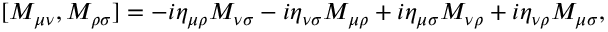
\protect [ M _ { \mu \nu } , M _ { \rho \sigma } ] = - i \eta _ { \mu \rho } M _ { \nu \sigma } - i \eta _ { \nu \sigma } M _ { \mu \rho } + i \eta _ { \mu \sigma } M _ { \nu \rho } + i \eta _ { \nu \rho } M _ { \mu \sigma } ,